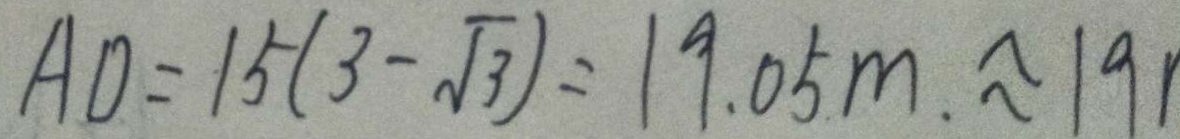
A D = 1 5 ( 3 - \sqrt { 3 } ) = 1 9 . 0 5 m . \approx 1 9